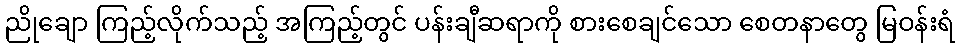
ညိုချော ကြည့်လိုက်သည့် အကြည့်တွင် ပန်းချီဆရာကို စားစေချင်သော စေတနာတွေ မြဝန်းရံ